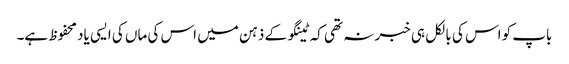
باپ کو اس کی بالکل ہی خبر نہ تھی کہ ٹینگو کے ذہن میں اس کی ماں کی ایسی یاد محفوظ ہے۔